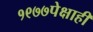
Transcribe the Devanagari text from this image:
१९७७पेक्षाही